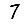
Digit: 7